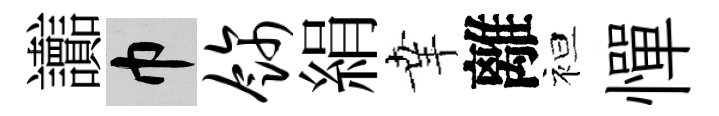
讟巾饰絹𦍒離袒憚